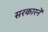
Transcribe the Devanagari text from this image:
सरकारनें